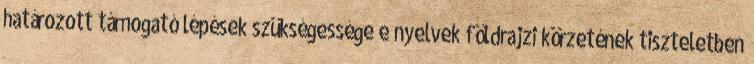
határozott támogató lépések szükségessége e nyelvek földrajzi körzetének tiszteletben